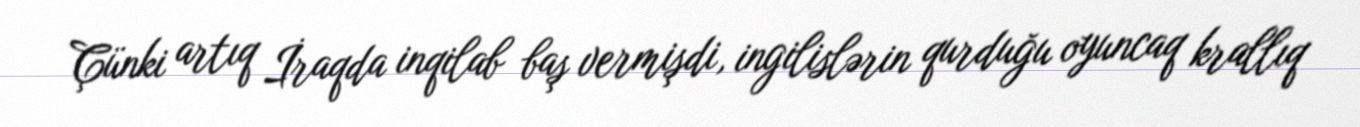
Çünki artıq İraqda inqilab baş vermişdi, ingilislərin qurduğu oyuncaq krallıq